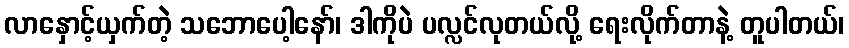
လာနှောင့်ယှက်တဲ့ သဘောပေါ့နော်၊ ဒါကိုပဲ ပလ္လင်လုတယ်လို့ ရေးလိုက်တာနဲ့ တူပါတယ်၊